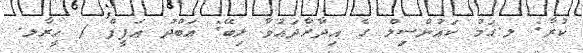
ކުރާ: ލ.ގަމު ކައުންސިލް ގެ އިދާރާދައުވާ ލިބޭ: ޢަބްދު ޢަފީފް / ހީރާލ.